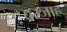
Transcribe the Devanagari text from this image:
दरजाह